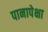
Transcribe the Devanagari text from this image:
पानापेक्षा